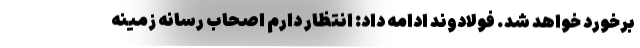
برخورد خواهد شد. فولادوند ادامه داد: انتظار دارم اصحاب رسانه زمینه